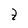
Character: t